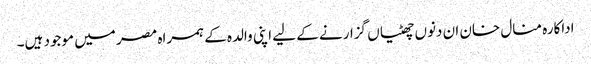
اداکارہ منال خان ان دنوں چھٹیاں گزارنے کے لیے اپنی والدہ کے ہمراہ مصر میں موجود ہیں۔